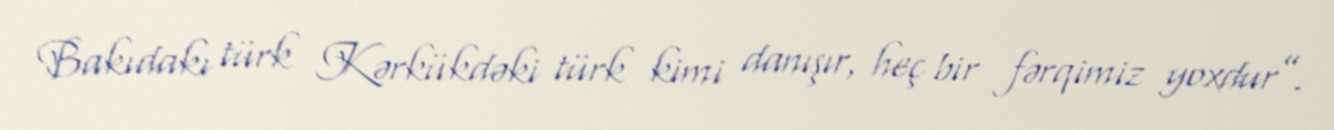
Bakıdakı türk Kərkükdəki türk kimi danışır, heç bir fərqimiz yoxdur”.